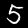
Label: 5